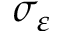
\sigma _ { \varepsilon }